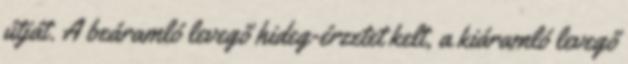
útját. A beáramló levegő hideg-érzetet kelt, a kiáramló levegő